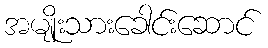
အမျိုးသားခေါင်းဆောင်